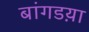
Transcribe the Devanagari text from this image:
बांगडय़ा